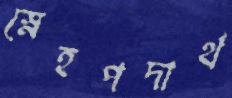
স্নেহপদার্থ